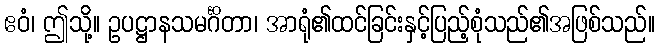
ဧဝံ၊ ဤသို့။ ဥပဋ္ဌာနသမင်္ဂိတာ၊ အာရုံ၏ထင်ခြင်းနှင့်ပြည့်စုံသည်၏အဖြစ်သည်။